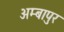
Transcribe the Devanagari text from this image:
अम्बापुर